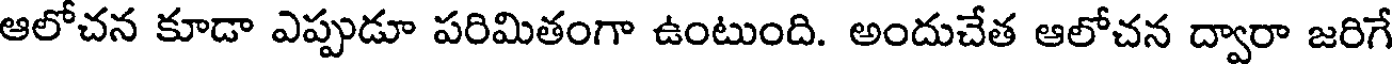
ఆలోచన కూడా ఎప్పుడూ పరిమితంగా ఉంటుంది. అందుచేత ఆలోచన ద్వారా జరిగే